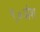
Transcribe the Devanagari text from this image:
९०अंश